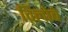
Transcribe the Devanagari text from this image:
विलोबे